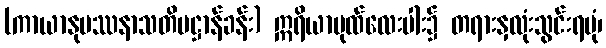
(ကာယာနုပဿနာသတိပဋ္ဌာန်ခန်း) ဣရိယာပုထ်လေးပါး၌ တရားနှလုံးသွင်းရပုံ၊